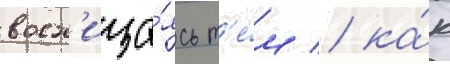
восх'ища́ясь т'е́м / ка́к